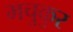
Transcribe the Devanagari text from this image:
मचुकुर